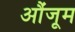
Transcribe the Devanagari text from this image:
औंजूम